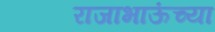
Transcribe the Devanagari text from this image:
राजाभाऊंच्या